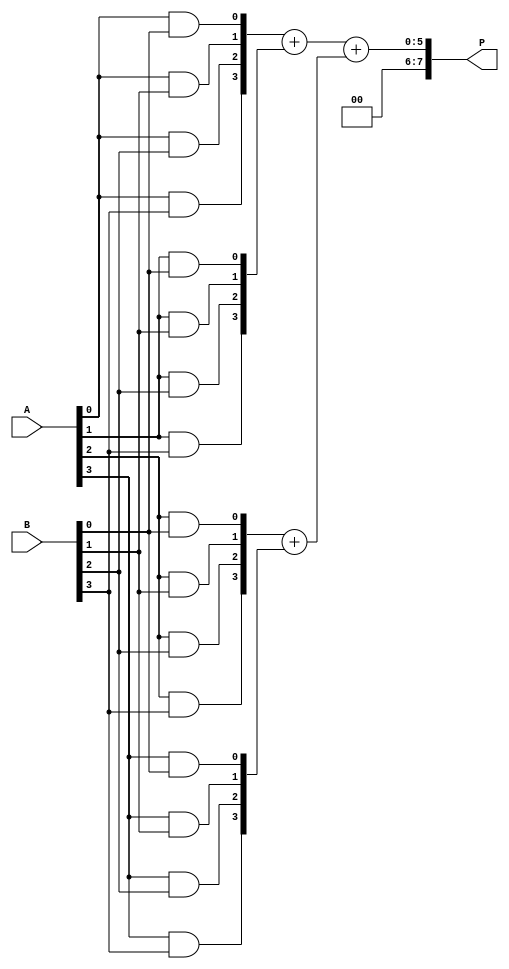
module Dadda_Multiplier #(parameter n = 4) (
    input [n-1:0] A,
    input [n-1:0] B,
    output reg [2*n-1:0] P
);

    wire [n-1:0] pp [n-1:0]; // Partial products
    
    // Generate partial products
    genvar i, j;
    generate
        for (i = 0; i < n; i = i + 1) begin : partial_products
            for (j = 0; j < n; j = j + 1) begin
                assign pp[i][j] = A[i] & B[j];
            end
        end
    endgenerate

    // Dadda reduction tree
    wire [2*n-1:0] sum [n:0]; // accumulate results of each stage
    wire [2*n-1:0] carry [n-1:0];

    // stage 1: Reduce the number of partial products
    // Note: Reduction stages may be adjusted based on structure
    integer k;
    always @(*) begin
        // Initialize sum and carry
        for (k = 0; k < n; k = k + 1) begin
            sum[k] = {2*n{1'b0}};
            carry[k] = {2*n{1'b0}};
        end
        // Combining partial products.
        // Example for stage 1 (you may want to expand for additional stages)
        {carry[0], sum[0]} = pp[0] + pp[1]; // Combine first two
        {carry[0][1:0], sum[1]} = pp[2] + pp[3]; // Combine next two  
        
        // More stages can be added here...
        
        // Final result combines all sums
        P = sum[0] + sum[1]; // Combine every final result
        
        // Here is a simplified final adder; it sums the stages. More stages should be added to mirror the actual Dadda structure.
    end

endmodule